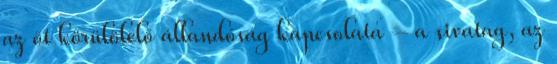
az őt körülölelő állandóság kapcsolata – a sivatag, az